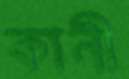
কানী